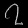
Digit: ၇